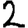
Digit: 2